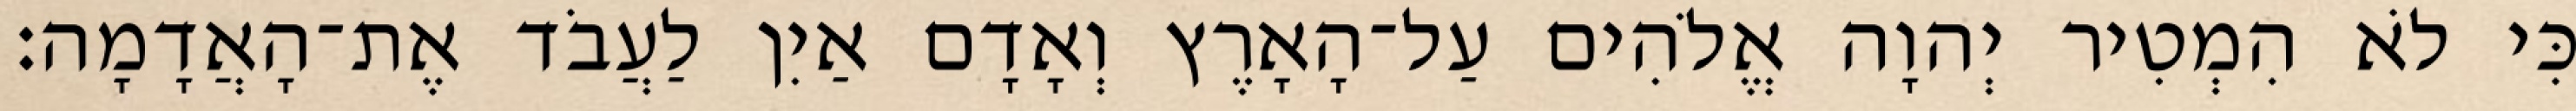
כִּי לֹא הִמְטִיר יְהוָה אֱלֹהִים עַל־הָאָרֶץ וְאָדָם אַיִן לַעֲבֹד אֶת־הָאֲדָמָה׃